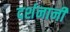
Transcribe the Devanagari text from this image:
दर्शनानी